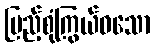
ပြည့်စုံကြွယ်ဝသော